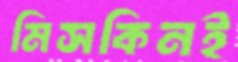
মিসকিনই